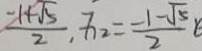
\frac { - 1 + \sqrt { 5 } } { 2 } , x _ { 2 } = \frac { - 1 - \sqrt { 5 } } { 2 }